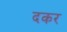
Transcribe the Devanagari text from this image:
दकर